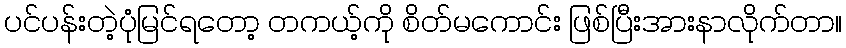
ပင်ပန်းတဲ့ပုံမြင်ရတော့ တကယ့်ကို စိတ်မကောင်း ဖြစ်ပြီးအားနာလိုက်တာ။